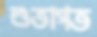
শুভাগত